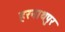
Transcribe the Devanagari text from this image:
हरनाथपुर